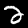
Label: 2